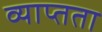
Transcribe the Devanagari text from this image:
व्याप्तता